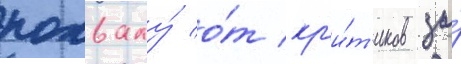
похвалу́ о́т кр'и́т'иков за́